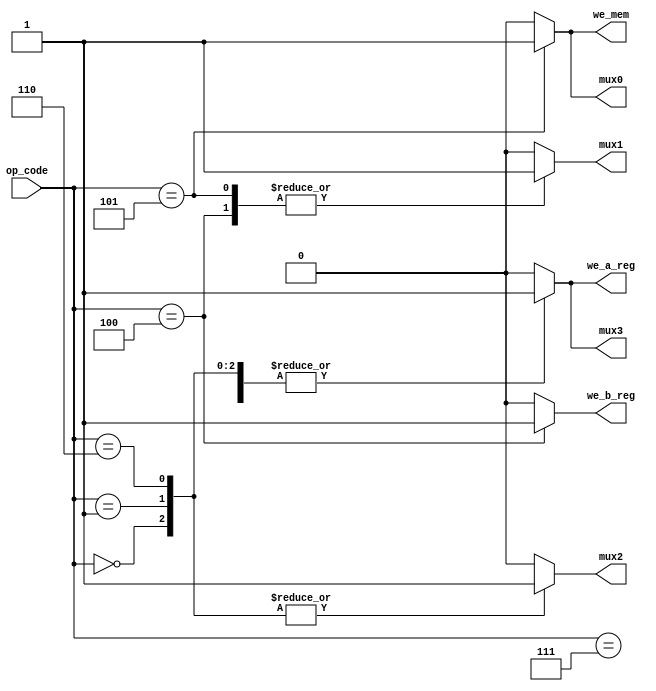
//control unit for vector processor 
module control_unit (op_code,we_a_reg,we_b_reg,we_mem,mux0,mux1,mux2,mux3);
	input [2:0]op_code;
	output reg we_a_reg,we_b_reg,we_mem,mux0,mux1,mux2,mux3 ;
	
always@(op_code)
begin

	we_a_reg=0; we_b_reg=0; we_mem=0; mux0=0; mux1=0; mux2=0; mux3=0;
	case(op_code)
		3'b000: begin we_a_reg=1; we_b_reg=0; we_mem=0; mux0=0; mux1=0; mux2=1; mux3=1; end
		3'b001: begin we_a_reg=1; we_b_reg=0; we_mem=0; mux0=0; mux1=0; mux2=1; mux3=1; end
		3'b100: begin we_a_reg=0; we_b_reg=1; we_mem=0; mux0=0; mux1=1; mux2=0; mux3=0; end
		3'b101: begin we_a_reg=0; we_b_reg=0; we_mem=1; mux0=1; mux1=1; mux2=0; mux3=0; end
		3'b110: begin we_a_reg=1; we_b_reg=0; we_mem=0; mux0=0; mux1=0; mux2=1; mux3=1; end
		3'b111: begin we_a_reg=1; we_b_reg=0; we_mem=0; mux0=0; mux1=0; mux2=0; mux3=1; end
	  default: begin we_a_reg=0; we_b_reg=0; we_mem=0; mux0=0; mux1=0; mux2=0; mux3=0; end
	endcase
end	
endmodule